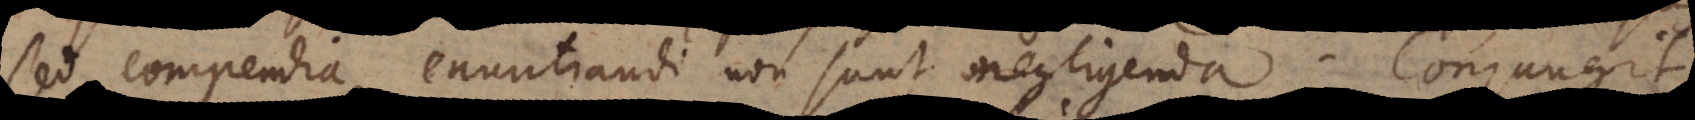
sed compendia enuntiandi non sunt negligenda. Conjungit